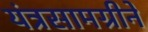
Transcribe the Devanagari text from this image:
यंत्रसामग्रीने